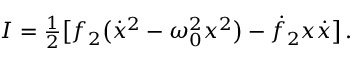
I = { \textstyle \frac { 1 } { 2 } } \big [ f _ { 2 } \big ( \dot { x } ^ { 2 } - \omega _ { 0 } ^ { 2 } x ^ { 2 } \big ) - \dot { f } _ { 2 } x \dot { x } \big ] \, .